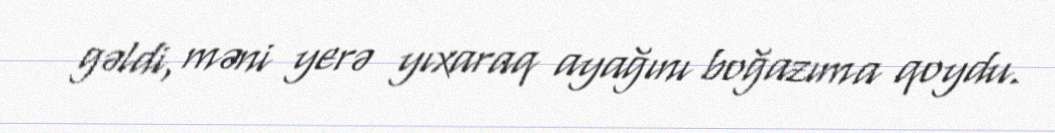
gəldi, məni yerə yıxaraq ayağını boğazıma qoydu.